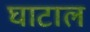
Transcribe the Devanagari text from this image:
घाटाल